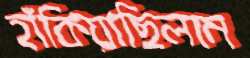
হাঁকিয়াছিলাম